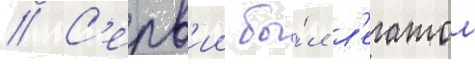
// С'ерв'ии бы́л л'егатом